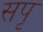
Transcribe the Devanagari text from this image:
सपृ